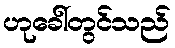
ဟုခေါ်တွင်သည်